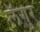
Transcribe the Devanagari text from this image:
लॅगुर